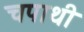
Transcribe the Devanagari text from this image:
चपाथी